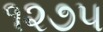
૧૨૭૫